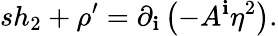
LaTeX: sh_{2}+\rho^{\prime}=\partial_{\mathbf{i}}\left(-A^{\mathbf{i}}\eta^{2}\right).